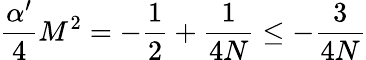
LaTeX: \frac{\alpha^{\prime}}4M^{2}=-\frac 12+\frac 1{4N}\le-\frac 3{4N}